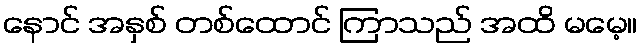
နောင် အနှစ် တစ်ထောင် ကြာသည် အထိ မမေ့။